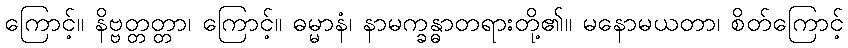
ကြောင့်။ နိဗ္ဗတ္တတ္တာ၊ ကြောင့်။ ဓမ္မာနံ၊ နာမက္ခန္ဓာတရားတို့၏။ မနောမယတာ၊ စိတ်ကြောင့်